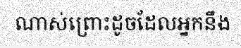
ណាស់ព្រោះដូចដែលអ្នកនឹង